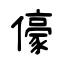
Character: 儫